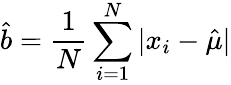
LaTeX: {\hat{b}}={\frac{1}{N}}\sum_{i=1}^{N}|x_{i}-{\hat{\mu}}|